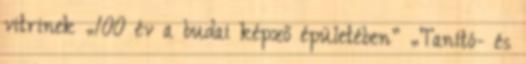
vitrinek „100 év a budai képző épületében” „Tanító- és